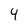
Character: 4